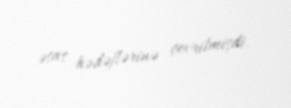
əsas hədəflərinə çevrilmişdi.